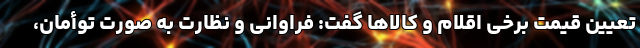
تعیین قیمت برخی اقلام و کالاها گفت: فراوانی و نظارت به صورت توأمان،